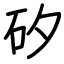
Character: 矽